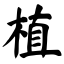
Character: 植